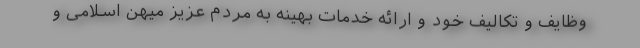
وظایف و تکالیف خود و ارائه خدمات بهینه به مردم عزیز میهن اسلامی و